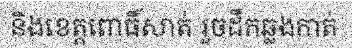
និងខេត្តពោធិ៍សាត់ រួចដឹកឆ្លងកាត់